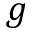
g